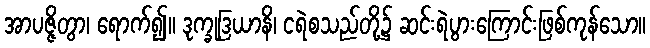
အာပဇ္ဇိတွာ၊ ရောက်၍။ ဒုက္ခုဒြယာနိ၊ ငရဲစသည်တို့၌ ဆင်းရဲပွားကြောင်းဖြစ်ကုန်သော။